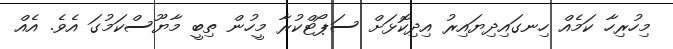
މިހުރިހާ ކަމެއް ހިނގައިދިޔައިރު އިދިކޮޅަށް ސަޕޯޓްކުރާ މީހުން ތިބީ މާޔޫސްކަމުގަ އެވެ. އެއް